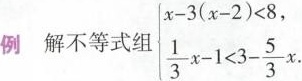
例 解不等式组$$\begin {cases} x - 3 ( x - 2 ) < 8 ，\frac { 1 } { 3 } x - 1 ＜3 - \frac { 5 } { 3 } x \end {cases}$$